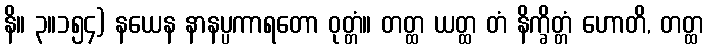
နိ။ ၃။၁၅၄) နယေန နာနပ္ပကာရတော ဝုတ္တံ။ တတ္ထ ယတ္ထ တံ နိက္ခိတ္တံ ဟောတိ, တတ္ထ